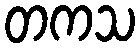
တကသ